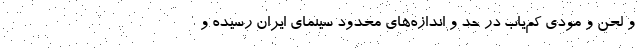
و لحن و مودی کم‌یاب در حد و اندازه‌های محدود سینمای ایران رسیده و